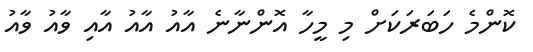
ކޮންމެ ހަބަރަކަށް މި މީހާ އޮންނާނެ އާއު އާއު އާއި ވާއު ވާއު